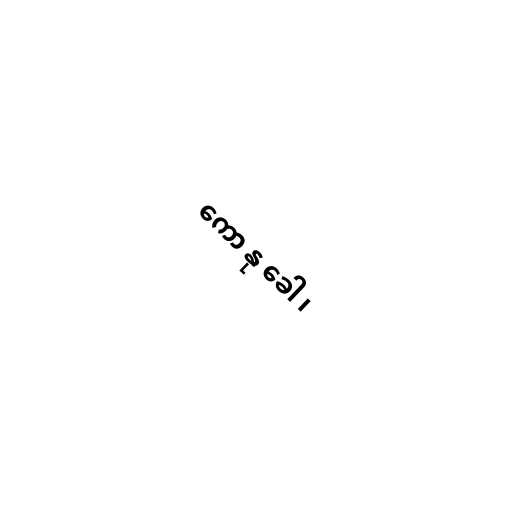
ကော နု ခေါ ၊